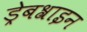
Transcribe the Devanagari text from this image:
ड्रेबश्राइन